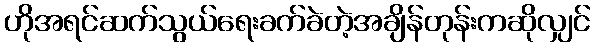
ဟိုအရင်ဆက်သွယ်ရေးခက်ခဲတဲ့အချိန်တုန်းကဆိုလျှင်